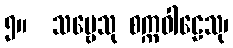
၅။  သဗ္ဗေသု စက္ကဝါဠေသု၊